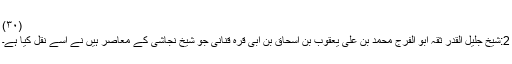
(۳۰)
2:شیخ جلیل القدر ثقہ ابو الفرج محمد بن علی یعقوب بن اسحاق بن ابی قرہ قنانی جو شیخ نجاشی کے معاصر ہیں نے اسے نقل کیا ہے۔